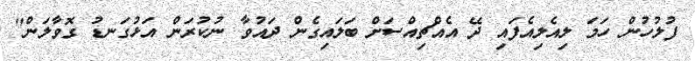
ފުލުހުން ހަމަ ލިއެލިއެފައި ދޭ އެއްޗިއްސަށް ބަލައިގެން ދައުވާ ނުކުރަން އަޅުގަނޑު ގޮވާލަން"